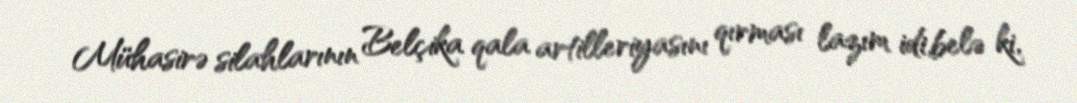
Mühasirə silahlarının Belçika qala artilleriyasını qırması lazım idi,belə ki,